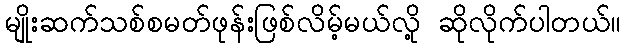
မျိုးဆက်သစ်စမတ်ဖုန်းဖြစ်လိမ့်မယ်လို့ ဆိုလိုက်ပါတယ်။